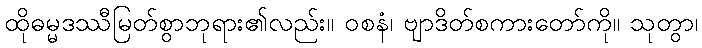
ထိုဓမ္မဒဿီမြတ်စွာဘုရား၏လည်း။ ဝစနံ၊ ဗျာဒိတ်စကားတော်ကို။ သုတွာ၊